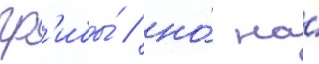
гр'ибы́ / но́ на́